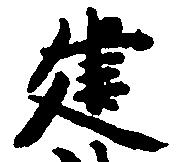
建